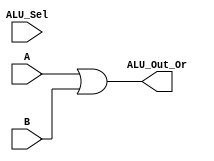
module Log_Or(output [3:0] ALU_Out_Or,input [3:0] A, input [3:0] B,input [3:0] ALU_Sel);
assign ALU_Out_Or = A|B ;
endmodule